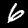
Label: 6